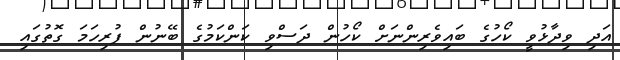
އަދި ވިދާޅުވީ ކޯހުގެ ބައިވެރިންނަށް ކޯހުން ދަސްވި ކަންކަމުގެ ބޭނުން ފުރިހަމަ ގޮތުގައި